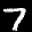
Label: 7